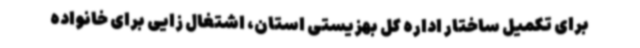
برای تکمیل ساختار اداره کل بهزیستی استان، اشتغال زایی برای خانواده